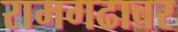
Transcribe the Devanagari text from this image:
रामगढावर